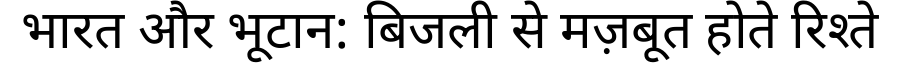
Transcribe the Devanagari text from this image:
भारत और भूटान: बिजली से मज़बूत होते रिश्ते